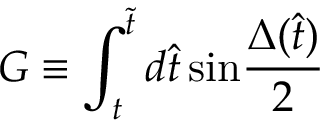
G \equiv \int _ { t } ^ { \tilde { t } } d \hat { t } \, \mathrm { s i n } { \frac { \Delta ( \hat { t } ) } { 2 } }